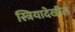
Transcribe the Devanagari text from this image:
स्त्रियादेखील